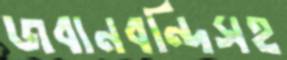
জবানবন্দিসহ